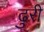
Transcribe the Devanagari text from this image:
ढुरी